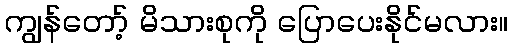
ကျွန်တော့် မိသားစုကို ပြောပေးနိုင်မလား။